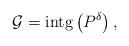
LaTeX: \begin{align*}\mathcal{G}=\textnormal{intg}\left(P^{\delta}\right),\end{align*}